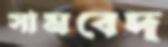
সামবেদ